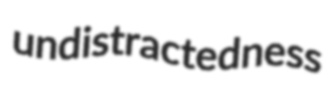
undistractedness